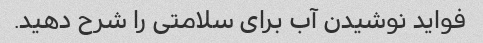
فواید نوشیدن آب برای سلامتی را شرح دهید.